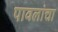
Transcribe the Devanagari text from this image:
पावलांचा